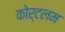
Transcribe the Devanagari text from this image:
कोर्टलम